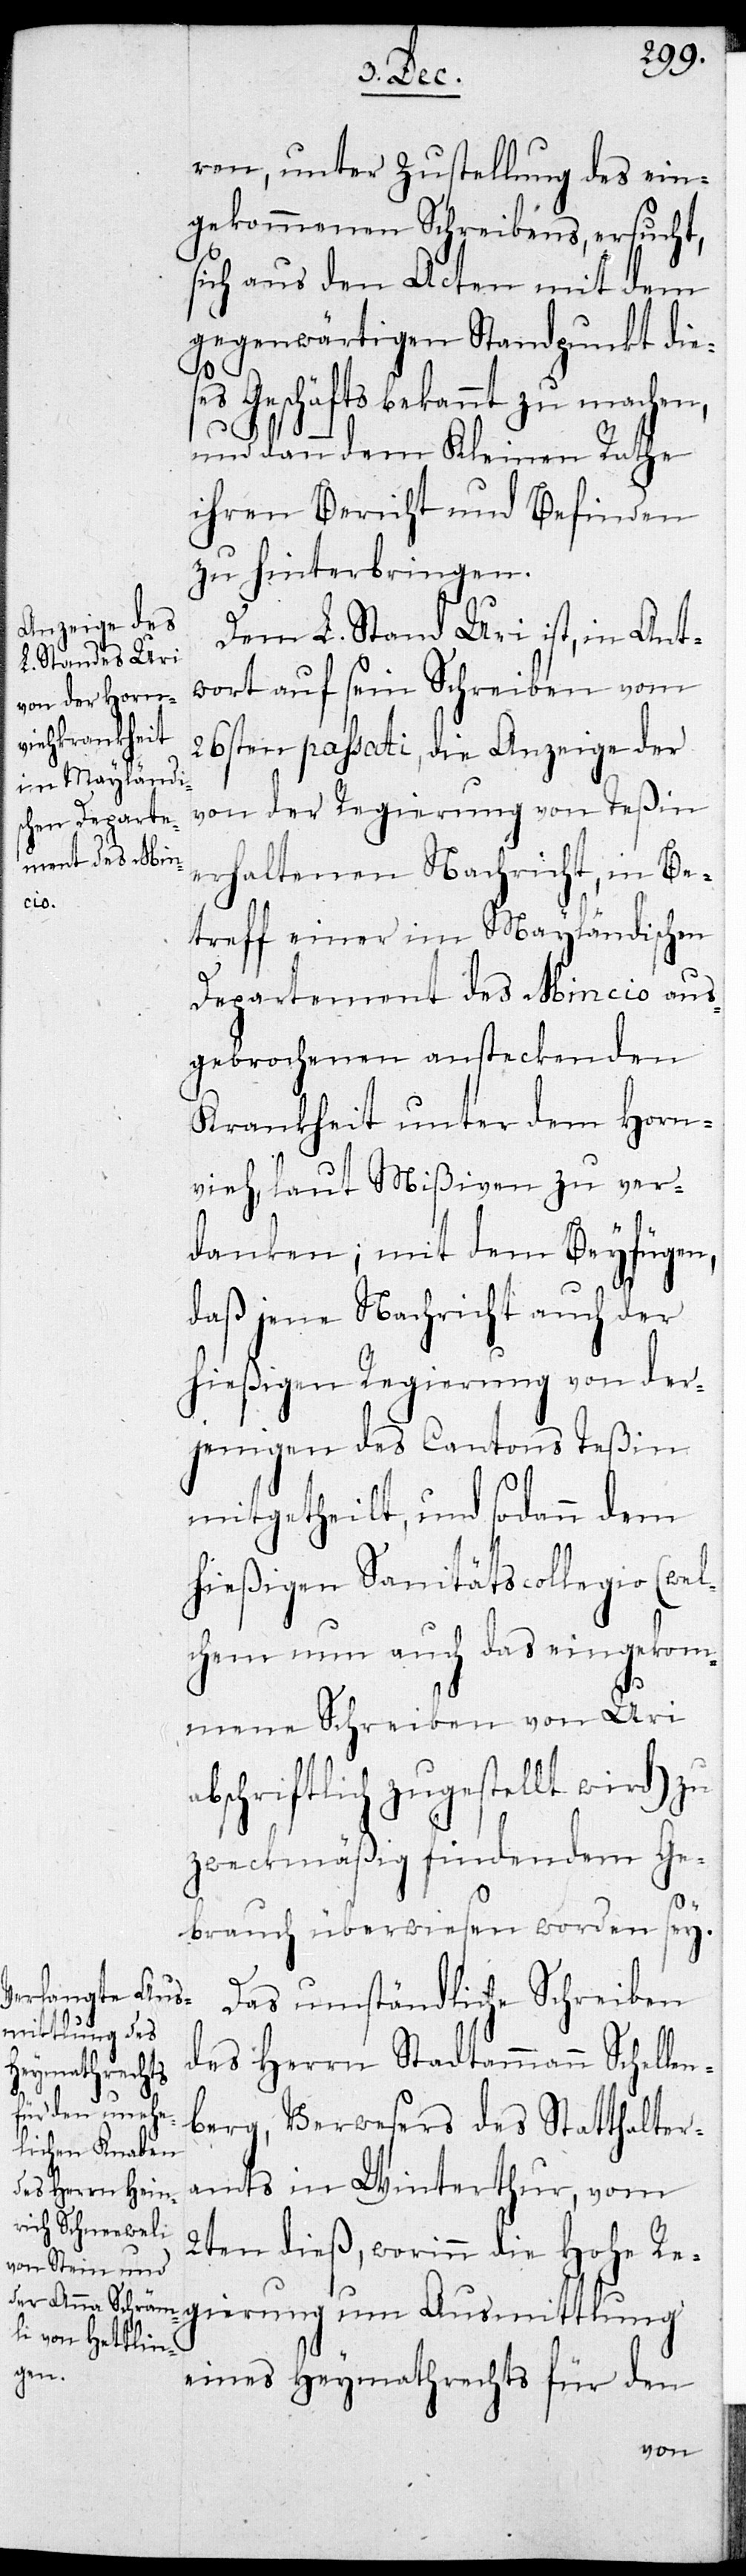
se¬
len¬

ren, unter Zustellung des ein¬
gekommenen Schreibens, ersucht,
sich aus den Acten mit dem
gegenwärtigen Standpunkt die¬
s Geschäfts bekannt zu machen,
und dann dem Kleinen Rathe
ihren Bericht und Befinden
zu hinterbringen.
Dem L. Stand Uri ist, in Ant¬
wort auf sein Schreiben vom
26sten passati, die Anzeige der
von der Regierung von Teßin
erhaltenen Nachricht, in Be¬
treff einer im Mailändischen
Departement des Mincio aus¬
gebrochenen ansteckenden
Krankheit unter dem Horn¬
vieh laut Mißiven zu ver¬
danken; mit dem Beyfügen,
daß jene Nachricht auch der
hießigen Regierung von der¬
jenigen des Cantons Teßin
mitgetheilt, und sodann dem
hießigen Sanitätscollegio (wel¬
chem nun auch das eingekom¬
mene Schreiben von Uri
abschriftlich zugestellt wird) zu
zweckmäßig findendem Ge¬
brauch überwiesen worden sey.
Das umständliche Schreiben
des Herrn Stadtammann Schel¬
berg, Verwesers des Stadthaltera¬
mts in Winterthur, vom
2ten dieß, worinn die Hohe Re¬
gierung um Ausmittlung
eines Heymathrechts für den